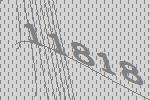
11818